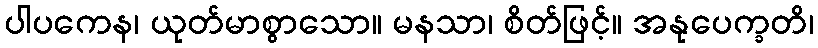
ပါပကေန၊ ယုတ်မာစွာသော။ မနသာ၊ စိတ်ဖြင့်။ အနုပေက္ခတိ၊